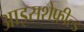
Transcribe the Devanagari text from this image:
आइसशेफ़ील्ड